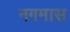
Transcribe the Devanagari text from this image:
नगमास